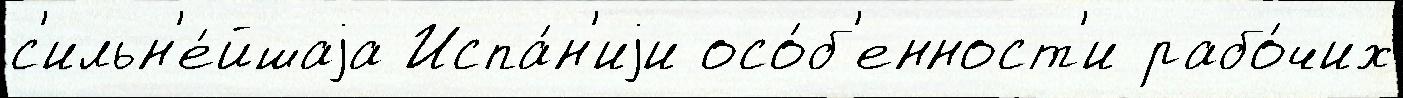
с'ильн'е́йшаjа Испа́н'иjи осо́б'енност'и рабо́чих